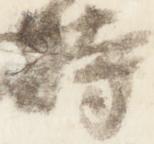
時